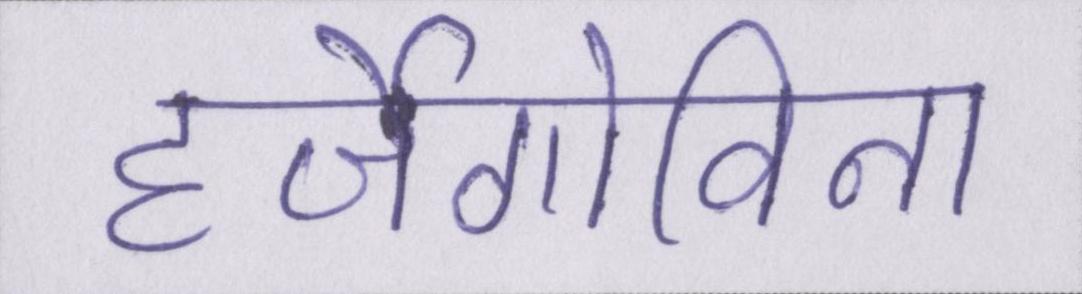
हर्जेगोविना